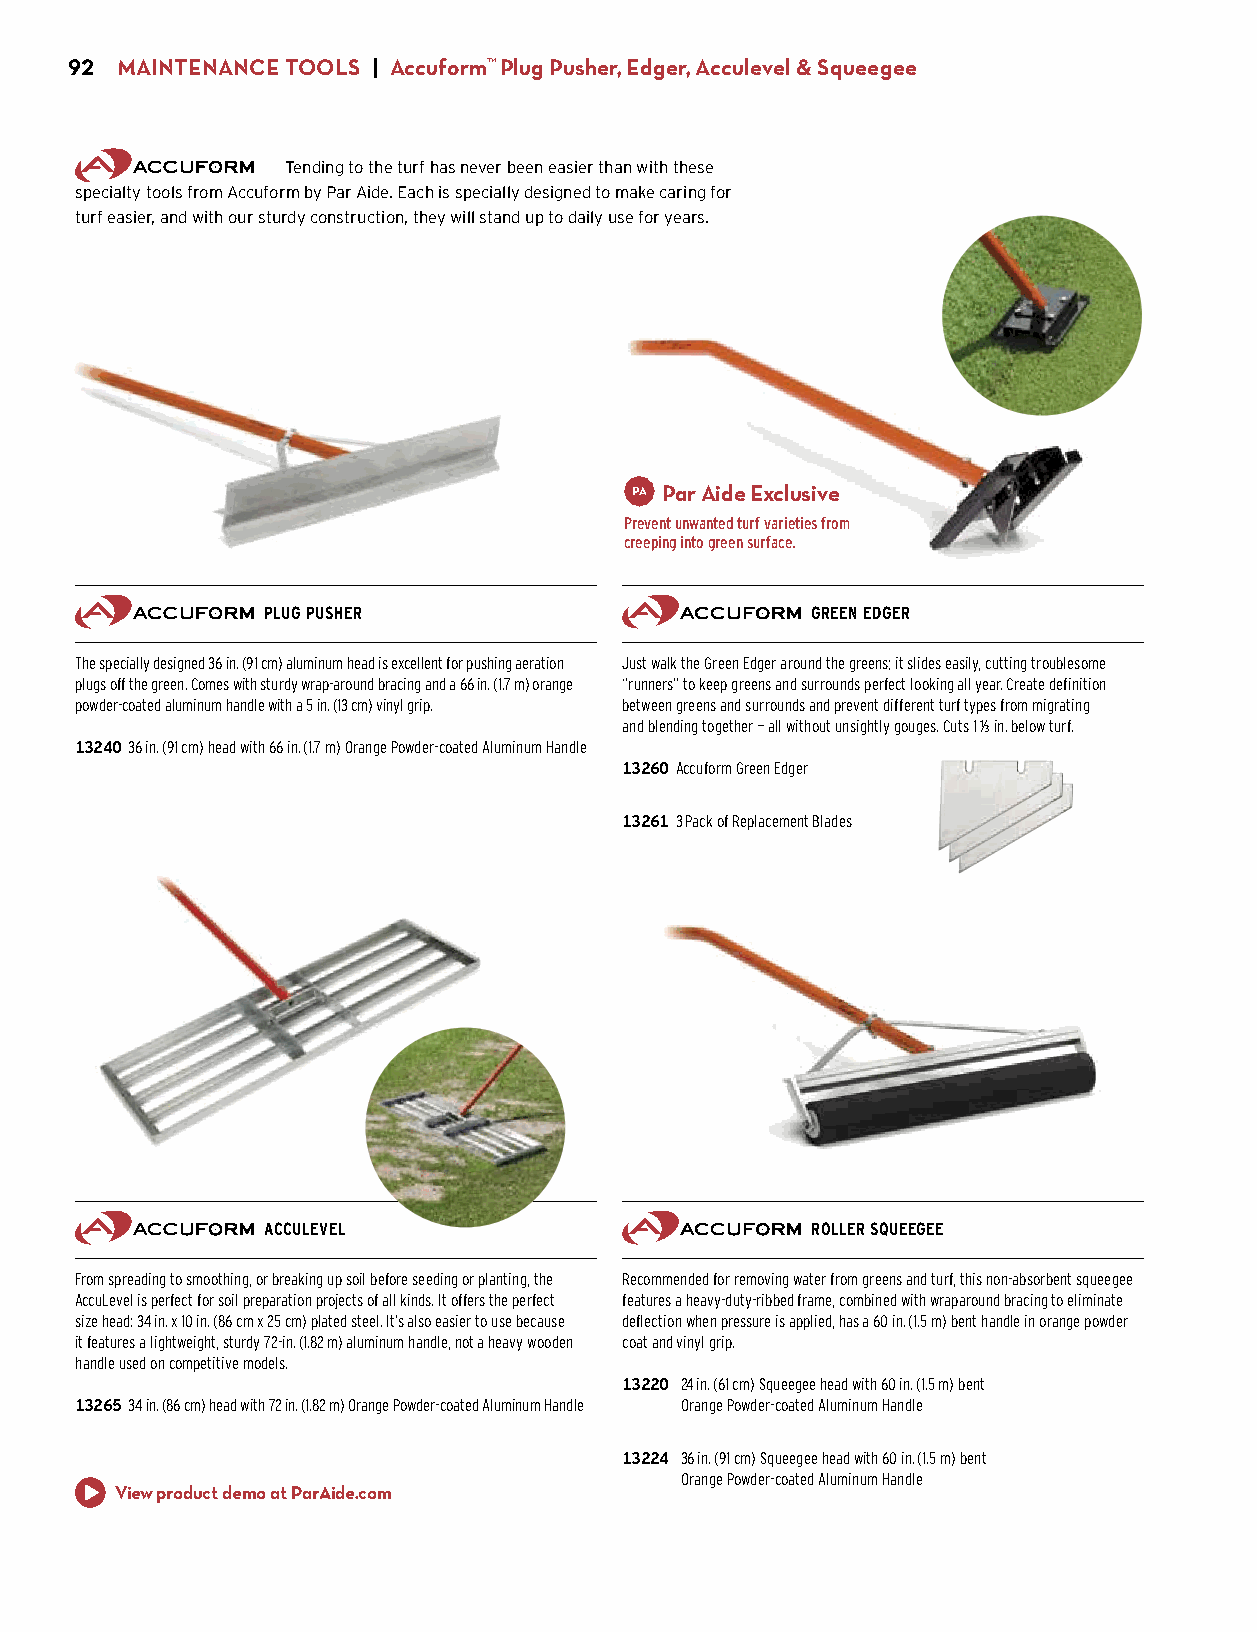
92  MAINTENANCE TOOLS | Accuform™ Plug Pusher, Edger, Acculevel & Squeegee
 Tending to the turf has never been easier than with these
 specialty tools from Accuform by Par Aide. Each is specially designed to make caring for
 turf easier, and with our sturdy construction, they will stand up to daily use for years.
 Par Aide Exclusive
 Prevent unwanted turf varieties from
 creeping into green surface.
 PLUG PUSHER                          GREEN EDGER
 The specially designed 36 in. (91 cm) aluminum head is excellent for pushing aeration Just walk the Green Edger around the greens; it slides easily, cutting troublesome
 plugs off the green. Comes with sturdy wrap-around bracing and a 66 in. (1.7 m) orange “runners” to keep greens and surrounds perfect looking all year. Create definition
 powder-coated aluminum handle with a 5 in. (13 cm) vinyl grip. between greens and surrounds and prevent different turf types from migrating
 and blending together — all without unsightly gouges. Cuts 1 1/3 in. below turf.
 13240 36 in. (91 cm) head with 66 in. (1.7 m) Orange Powder-coated Aluminum Handle
 $89.00                              13260 Accuform Green Edger
 $99.00
 13261 3 Pack of Replacement Blades
 $20.00
 ACCULEVEL                            ROLLER SQUEEGEE
 From spreading to smoothing, or breaking up soil before seeding or planting, the Recommended for removing water from greens and turf, this non-absorbent squeegee
 AccuLevel is perfect for soil preparation projects of all kinds. It offers the perfect features a heavy-duty-ribbed frame, combined with wraparound bracing to eliminate
 size head: 34 in. x 10 in. (86 cm x 25 cm) plated steel. It’s also easier to use because deflection when pressure is applied, has a 60 in. (1.5 m) bent handle in orange powder
 it features a lightweight, sturdy 72-in. (1.82 m) aluminum handle, not a heavy wooden coat and vinyl grip.
 handle used on competitive models.
 13220 24 in. (61 cm) Squeegee head with 60 in. (1.5 m) bent
 13265 34 in. (86 cm) head with 72 in. (1.82 m) Orange Powder-coated Aluminum Handle $175.00 Orange Powder-coated Aluminum Handle
 $140.00
 13224 36 in. (91 cm) Squeegee head with 60 in. (1.5 m) bent
 $195.00 Orange Powder-coated Aluminum Handle
 View product demo at ParAide.com